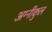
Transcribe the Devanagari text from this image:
अग्‍नीकुल